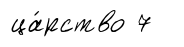
ца́рство 7